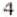
4